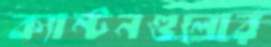
ক্যান্টনগুলোর